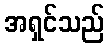
အရှင်သည်